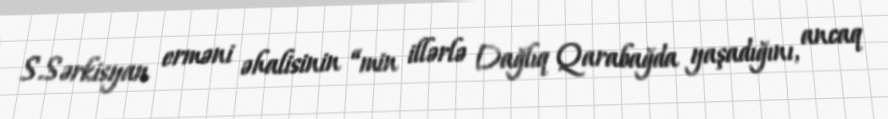
S.Sərkisyan erməni əhalisinin “min illərlə Dağlıq Qarabağda yaşadığını, ancaq